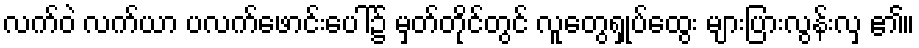
လက်ဝဲ လက်ယာ ပလက်ဖောင်းပေါ်၌ မှတ်တိုင်တွင် လူတွေရှုပ်ထွေး များပြားလွန်းလှ ၏။